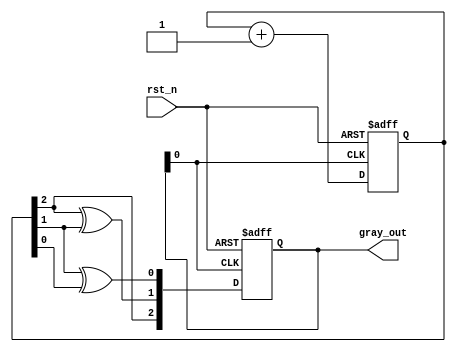
module gray_code_counter (
    input wire rst_n,          // Asynchronous reset (active low)
    output reg [2:0] gray_out  // 3-bit Gray code output
);

    // Function to convert binary count to gray code
    function [2:0] binary_to_gray;
        input [2:0] binary;
        begin
            binary_to_gray = {binary[2], binary[2] ^ binary[1], binary[1] ^ binary[0]};
        end
    endfunction

    // Internal signal to hold the binary count
    reg [2:0] binary_count;

    // Asynchronous reset and count logic
    always @ (posedge gray_out[0] or negedge rst_n) begin
        if (!rst_n) begin
            binary_count <= 3'b000; // Reset to 0
            gray_out <= 3'b000;      // Gray code output reset to 0
        end else begin
            binary_count <= binary_count + 1; // Increment binary count
            gray_out <= binary_to_gray(binary_count); // Convert to Gray code
        end
    end

    // Trigger on the changes of the Gray code output for subsequent flip-flops
    always @ (gray_out) begin
        // No action needed; the gray_out change will automatically trigger the next FF
    end

endmodule